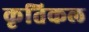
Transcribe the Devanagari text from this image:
कृतिकल